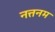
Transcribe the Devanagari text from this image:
नत्तनम